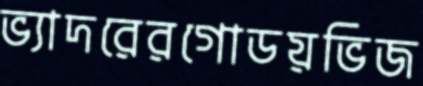
ভ্যাদরেরগোডয়ভিজ